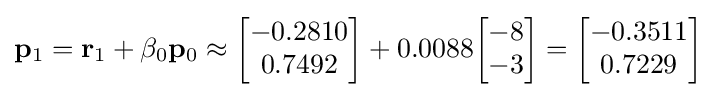
\mathbf {p} _{1}=\mathbf {r} _{1}+\beta _{0}\mathbf {p} _{0}\approx {\begin{bmatrix}-0.2810\\0.7492\end{bmatrix}}+0.0088{\begin{bmatrix}-8\\-3\end{bmatrix}}={\begin{bmatrix}-0.3511\\0.7229\end{bmatrix}}